Vaccination North-Western Provinces 1866-1877 - 1866-1877
Year: 1866
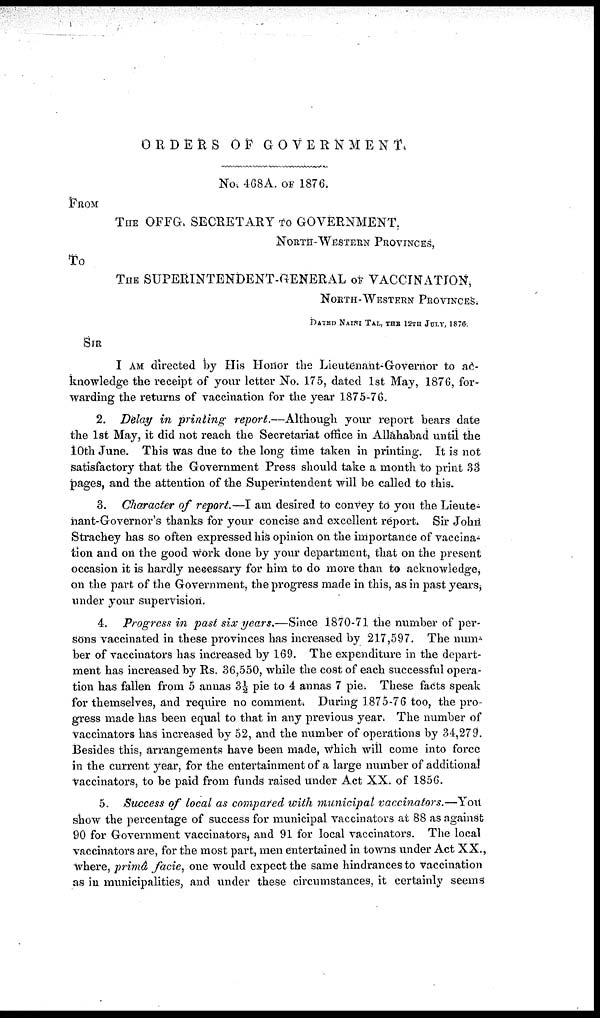
ORDERS OF
GOVERNMENT
No. 468A. OF 1876.
FROM
THE OFFG, SECRETARY TO GOVERNMENT.
NORTH-WESTERN PROVINCES,
To
THE SUPERINTENDENT-GENERAL OF VACCINATION,
NORTH-WESTERN PROVINCES.
DATED NAINI TAL, THE 12TH JULY, 1876.
SIR
I AM directed by His Honor the Lieutenant-Governor to ac-
knowledge the receipt of your letter No. 175, dated 1st May, 1876, for-
warding the returns of vaccination for the year 1875-76.
2. Delay in printing report.—Although your report bears date
the 1st May, it did not reach the Secretariat office in Allahabad until the
10th June. This was due to the long time taken in printing. It is not
satisfactory that the Government Press should take a month to print 33
pages, and the attention of the Superintendent will be called to this.
3. Character of report.—I am desired to convey to you the Lieute-
nant-Governor's thanks for your concise and excellent report. Sir John
Strachey has so often expressed his opinion on the importance of vaccina-
tion and on the good work done by your department, that on the present
occasion it is hardly necessary for him to do more than to acknowledge,
on the part of the Government, the progress made in this, as in past years,
under your supervision.
4. Progress in past six years.—Since 1870-71 the number of per-
sons vaccinated in these provinces has increased by 217,597. The num-
ber of vaccinators has increased by 169. The expenditure in the depart-
ment has increased by Rs. 36,550, while the cost of each successful opera-
tion has fallen from 5 annas 3½ pie to 4 annas 7 pie. These facts speak
for themselves, and require no comment. During 1875-76 too, the pro-
gress made has been equal to that in any previous year. The number of
vaccinators has increased by 52, and the number of operations by 34,279.
Besides this, arrangements have been made, which will come into force
in the current year, for the entertainment of a large number of additional
vaccinators, to be paid from funds raised under Act XX. of 1856.
5. Success of local as compared with municipal vaccinators.—You
show the percentage of success for municipal vaccinators at 88 as against
90 for Government vaccinators, and 91 for local vaccinators. The local
vaccinators are, for the most part, men entertained in towns under Act XX.,
where, primâ facie, one would expect the same hindrances to vaccination
as in municipalities, and under these circumstances, it certainly seems